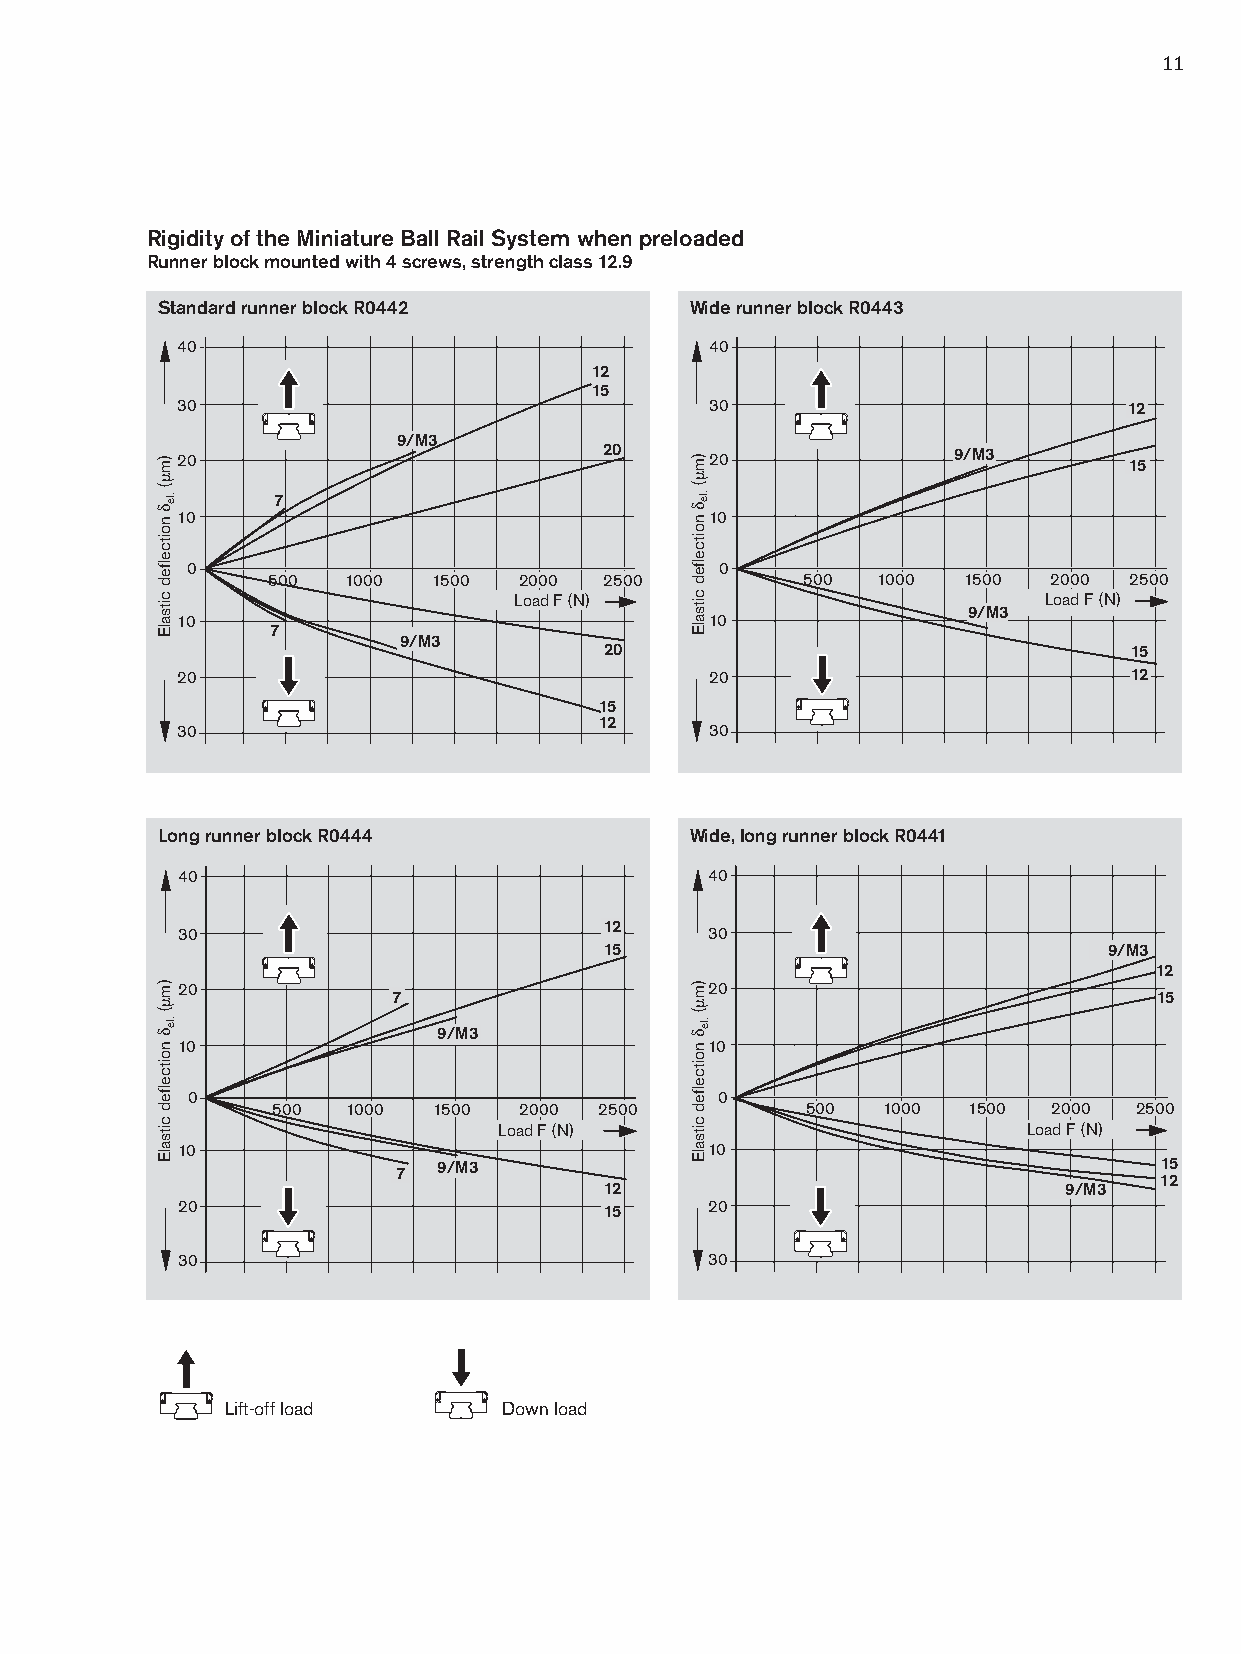
11
 Rigidity of the Miniature Ball Rail System when preloaded
 Runner block mounted with 4 screws, strength class 12.9
 Standard runner block R0442         Wide runner block R0443
 40                                 40
 12
 15
 30                                 30                          12
 9/M3
 20                          20     20              9/M3        15
 7
 10                                 10
 0                                   0
 500  1000  1500 2000  2500         500  1000  1500 2000  2500
 Load F (N)                         Load F (N)
 9/M3
 10                                 10
 7
 9/M3
 20                                 15
 20                                 20                          12
 15
 12
 30                                 30
 Long runner block R0444             Wide, long runner block R0441
 40                                 40
 12
 30                                 30
 15                               9/M3
 12
 20                                 20
 7                                                  15
 9/M3
 10                                 10
 0                                  0
 500  1000  1500 2000  2500         500  1000  1500  2000 2500
 Load F (N)                         Load F (N)
 10                                 10
 7  9/M3                                            15
 12
 12                            9/M3
 20                          15     20
 30                                 30
 Lift-off load     Down load
 )mµ(
 δ
 noitcefled
 citsalE
 )mµ(
 δ
 noitcefled
 citsalE
 .le
 .le
 )mµ(
 .leδ
 noitcefled
 citsalE
 )mµ(
 .leδ
 noitcefled
 citsalE